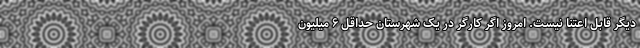
دیگر قابل اعتنا نیست. امروز اگر کارگر در یک شهرستان حداقل ۶ میلیون